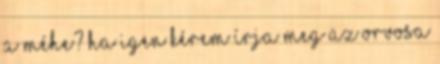
a méhe? Ha igen kérem írja meg az orvosa